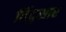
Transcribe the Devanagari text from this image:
विंदुसार